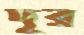
দূর